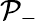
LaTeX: \mathcal{P}_{-}